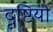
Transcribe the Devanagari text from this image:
दृष्टियो